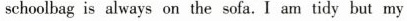
schoolbag is always on the sofa.I am tidy but my